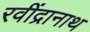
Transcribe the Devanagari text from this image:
रवींद्रानाथ